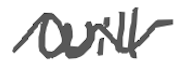
Text: will
Cross-out: wave
Writing tool: digital_gray